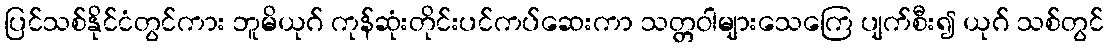
ပြင်သစ်နိုင်ငံတွင်ကား ဘူမိယုဂ် ကုန်ဆုံးတိုင်းပင်ကပ်ဆေးကာ သတ္တဝါများသေကြေ ပျက်စီး၍ ယုဂ် သစ်တွင်